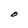
Character: O